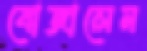
বোজালেম